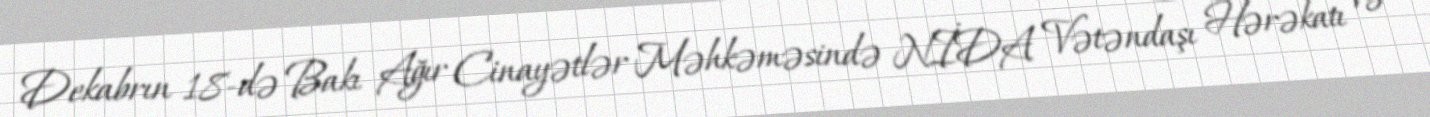
Dekabrın 18-də Bakı Ağır Cinayətlər Məhkəməsində NİDA Vətəndaşı Hərəkatı və